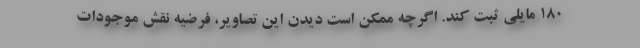
۱۸۰ مایلی ثبت کند. اگرچه ممکن است دیدن این تصاویر، فرضیه نقش موجودات